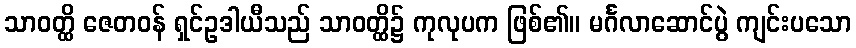
သာဝတ္ထိ ဇေတဝန် ရှင်ဥဒါယီသည် သာဝတ္ထိ၌ ကုလုပက ဖြစ်၏။ မင်္ဂလာဆောင်ပွဲ ကျင်းပသော